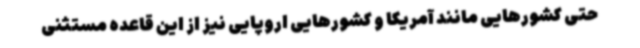
حتی کشورهایی مانند آمریکا و کشورهایی اروپایی نیز از این قاعده مستثنی